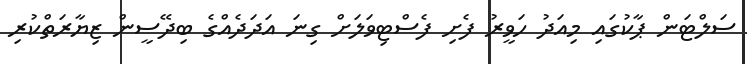
ސަލްޓަން ޕާކުގައި މިއަދު ހަވީރު ފެށި ފެސްޓިވަލަށް ގިނަ އަދަދެއްގެ ބިދޭސީން ޒިޔާރަތްކުރި